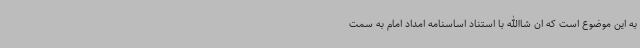
به این موضوع است که ان شاالله با استناد اساسنامه امداد امام به سمت